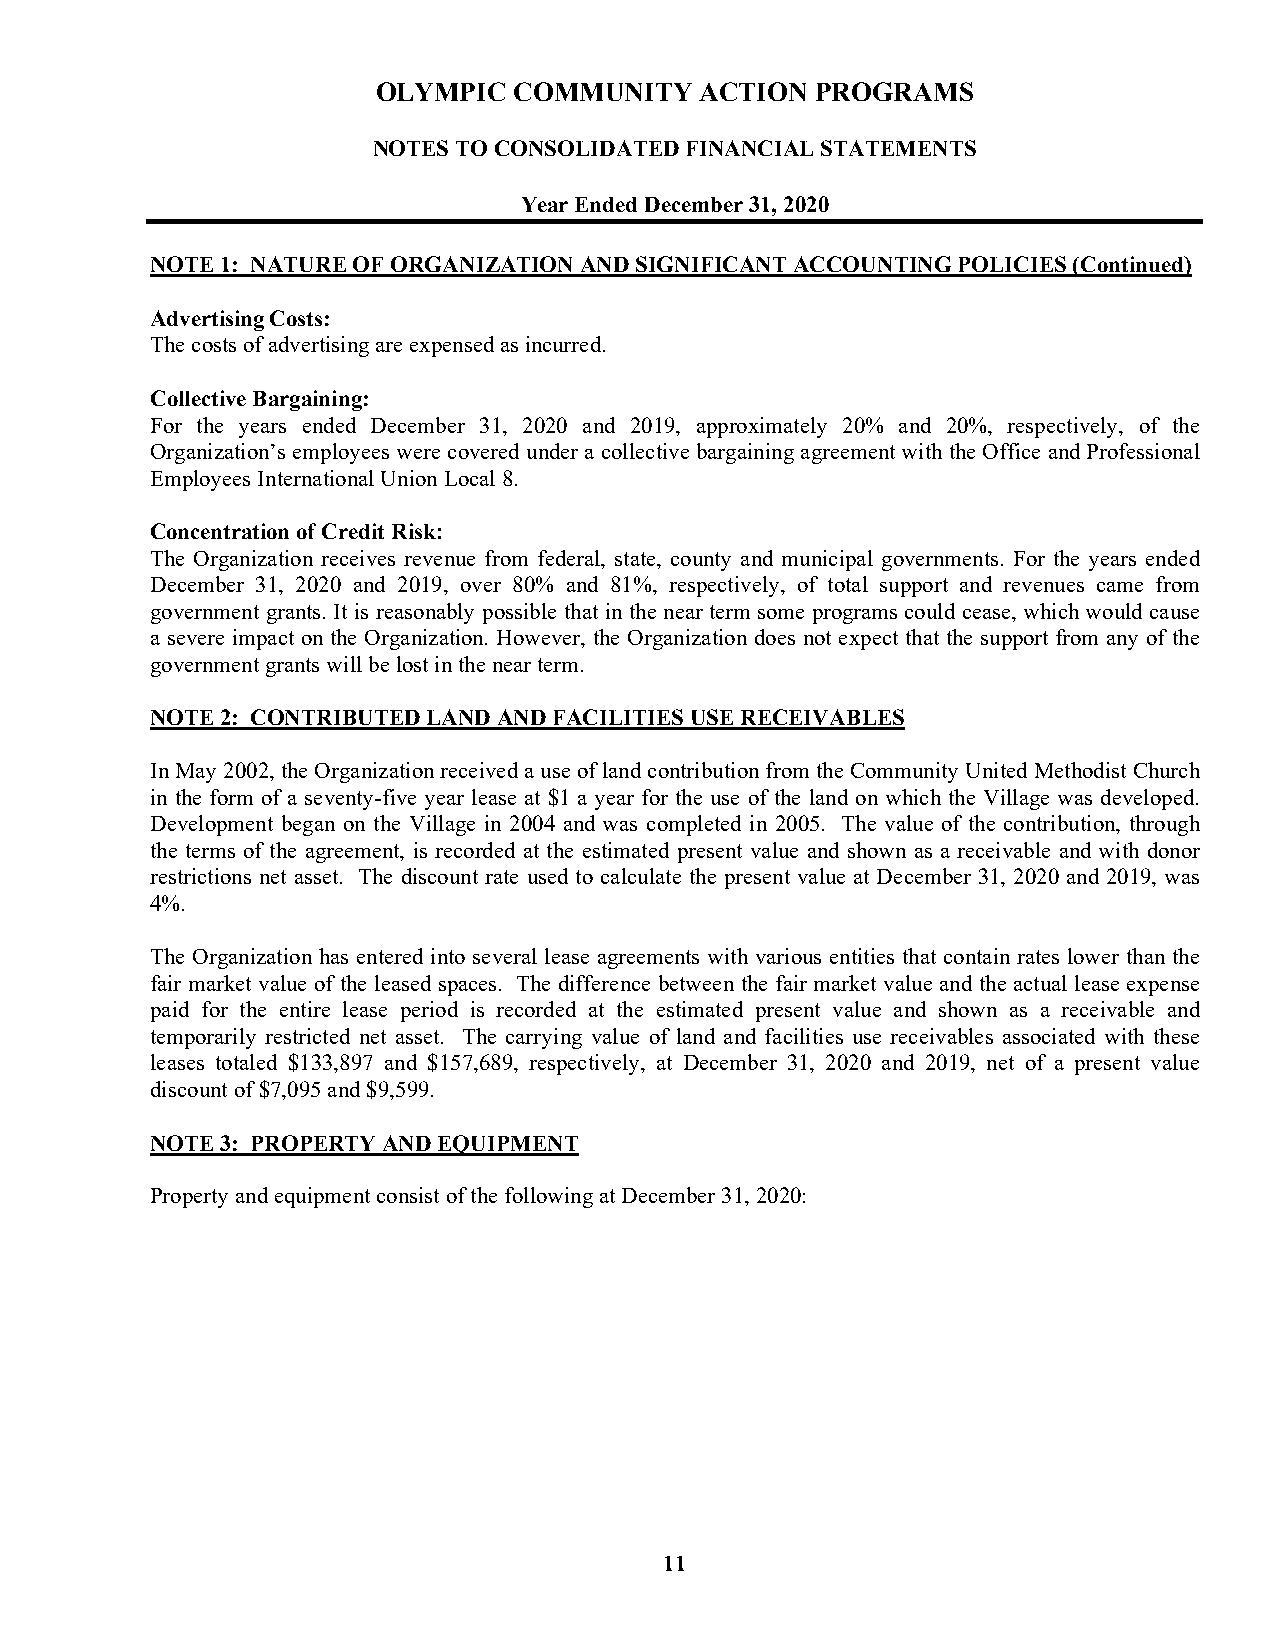
OLYMPIC  COMMUNITY   ACTION  PROGRAMS
 NOTES TO CONSOLIDATED FINANCIAL STATEMENTS
 Year Ended December 31, 2020
 NOTE 1: NATURE OF ORGANIZATION AND SIGNIFICANT ACCOUNTING POLICIES (Continued)
 Advertising Costs:
 The costs of advertising are expensed as incurred.
 Collective Bargaining:
 For the years ended December 31, 2020 and 2019, approximately 20% and 20%, respectively, of the
 Organization’s employees were covered under a collective bargaining agreement with the Office and Professional
 Employees International Union Local 8.
 Concentration of Credit Risk:
 The Organization receives revenue from federal, state, county and municipal governments. For the years ended
 December 31, 2020 and 2019, over 80% and 81%, respectively, of total support and revenues came from
 government grants. It is reasonably possible that in the near term some programs could cease, which would cause
 a severe impact on the Organization. However, the Organization does not expect that the support from any of the
 government grants will be lost in the near term.
 NOTE 2: CONTRIBUTED LAND AND FACILITIES USE RECEIVABLES
 In May 2002, the Organization received a use of land contribution from the Community United Methodist Church
 in the form of a seventy-five year lease at $1 a year for the use of the land on which the Village was developed.
 Development began on the Village in 2004 and was completed in 2005. The value of the contribution, through
 the terms of the agreement, is recorded at the estimated present value and shown as a receivable and with donor
 restrictions net asset. The discount rate used to calculate the present value at December 31, 2020 and 2019, was
 4%.
 The Organization has entered into several lease agreements with various entities that contain rates lower than the
 fair market value of the leased spaces. The difference between the fair market value and the actual lease expense
 paid for the entire lease period is recorded at the estimated present value and shown as a receivable and
 temporarily restricted net asset. The carrying value of land and facilities use receivables associated with these
 leases totaled $133,897 and $157,689, respectively, at December 31, 2020 and 2019, net of a present value
 discount of $7,095 and $9,599.
 NOTE 3: PROPERTY AND EQUIPMENT
 Property and equipment consist of the following at December 31, 2020:
 11